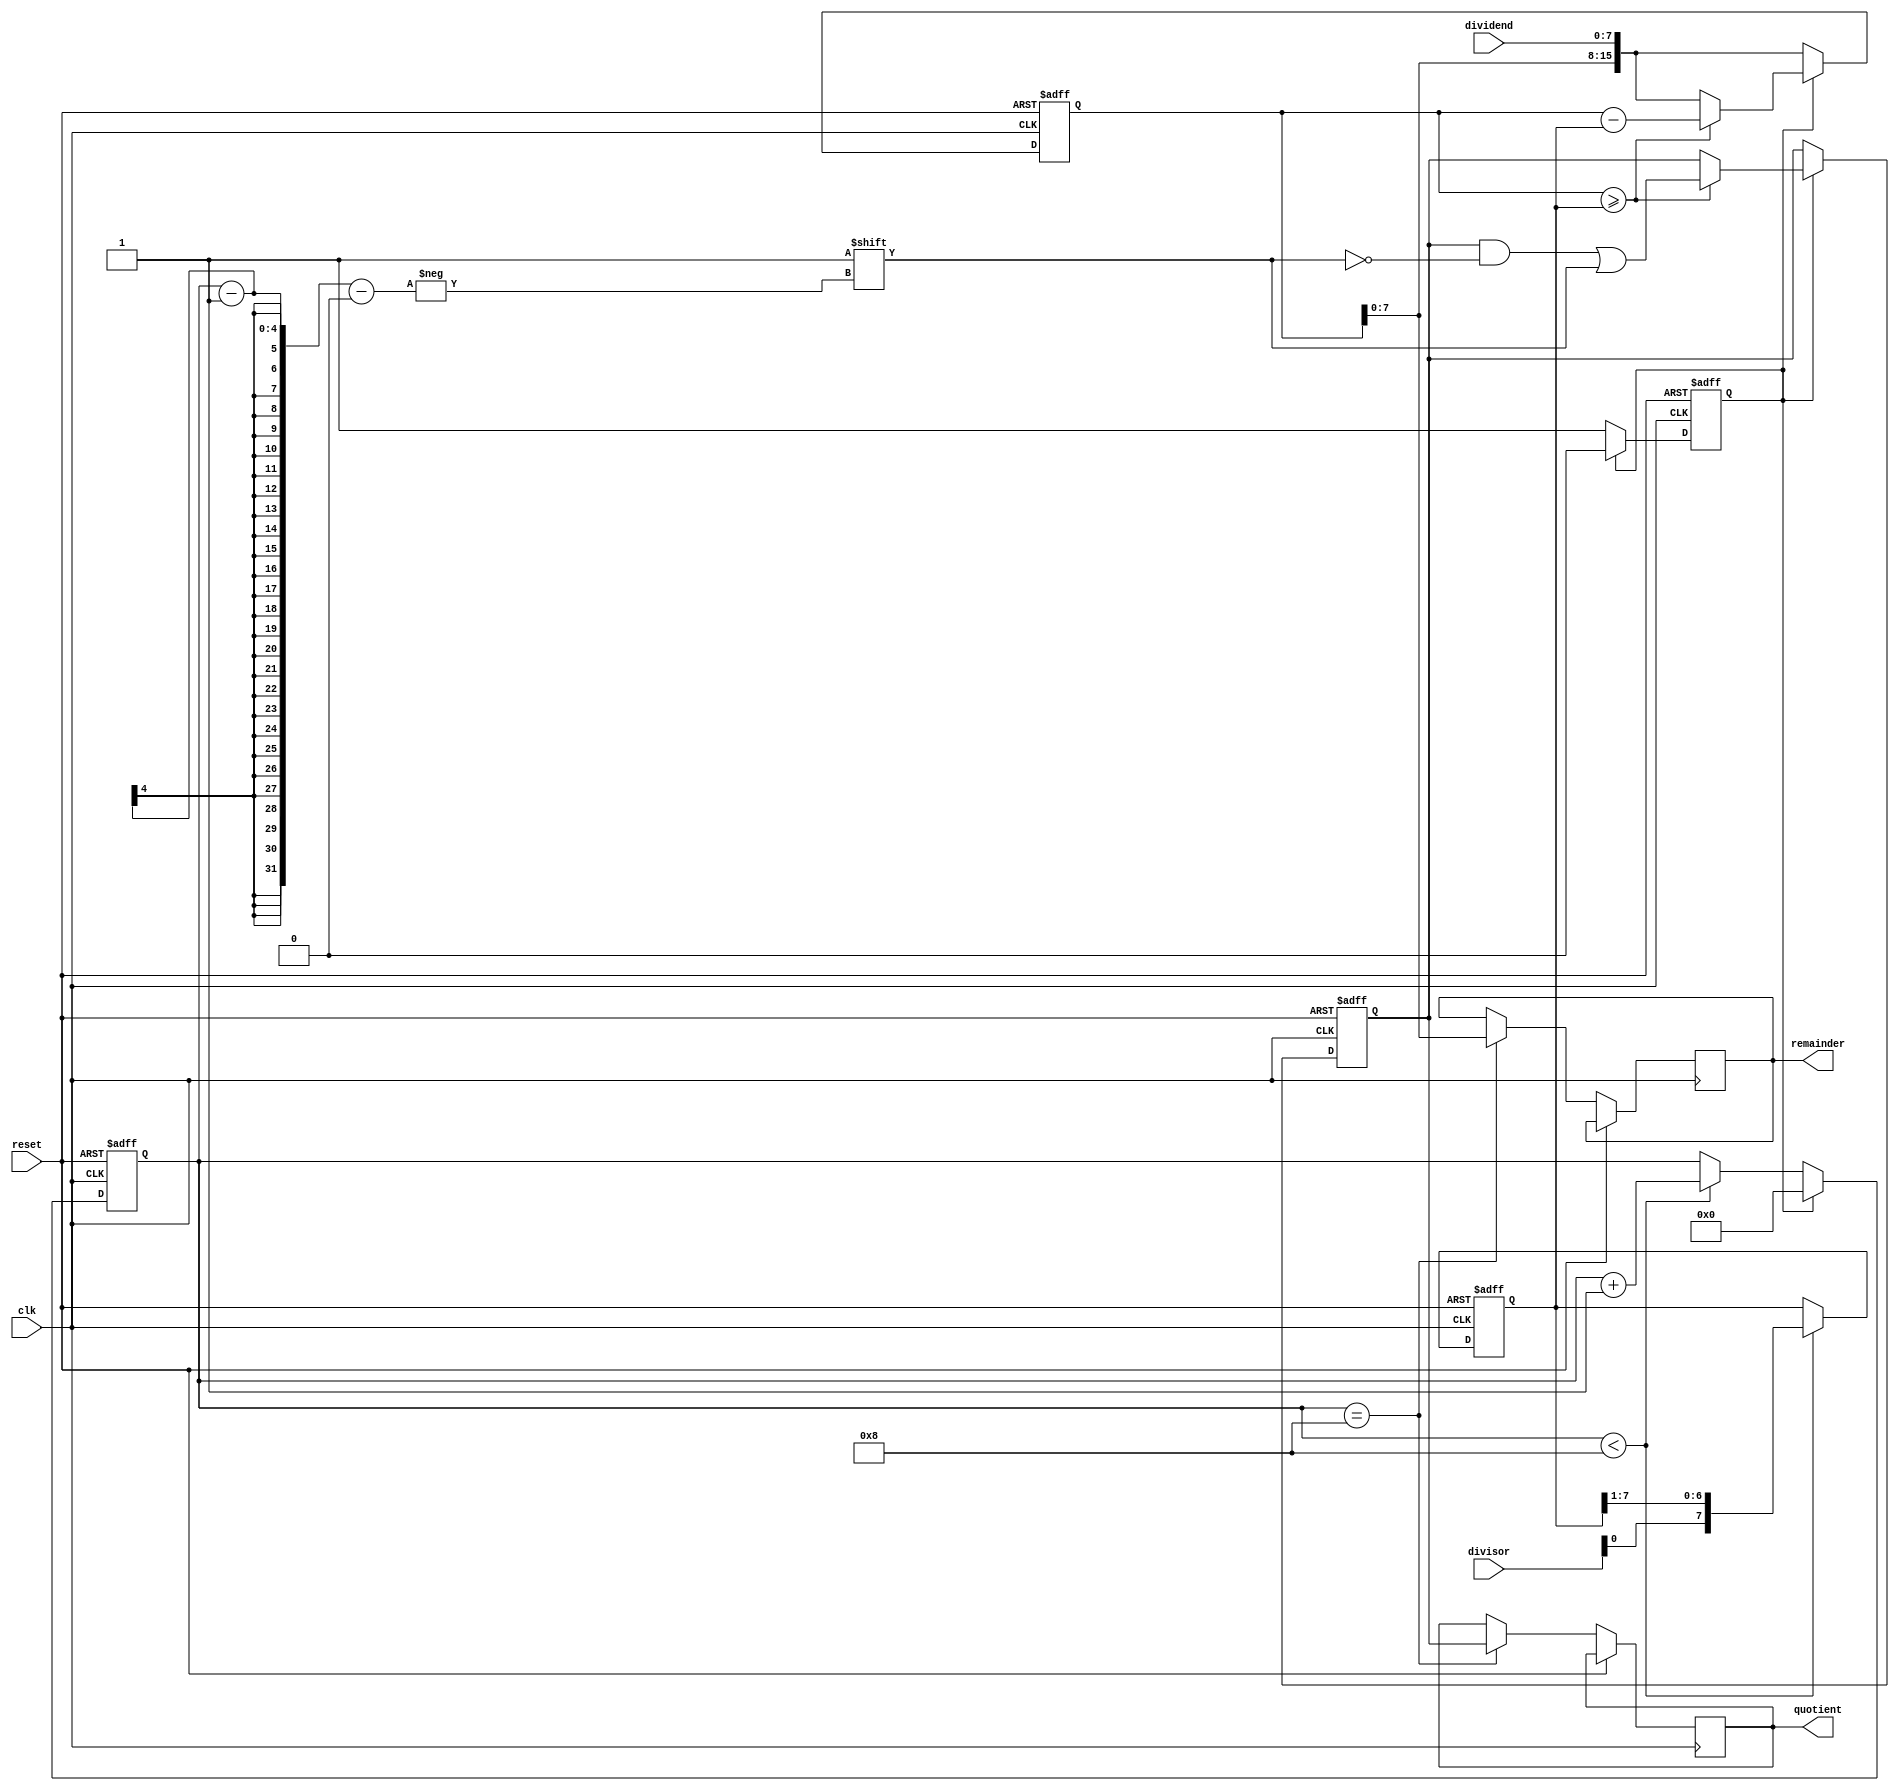
module binary_divider (
    input wire clk,
    input wire reset,
    input wire [7:0] dividend,
    input wire [7:0] divisor,
    output reg [7:0] quotient,
    output reg [7:0] remainder
);

reg [15:0] dividend_reg;
reg [7:0] divisor_reg;
reg [7:0] quotient_reg;
reg [7:0] remainder_reg;
reg [3:0] shift_count;
reg subtract_en;

always @(posedge clk or posedge reset) begin
    if (reset) begin
        dividend_reg <= 0;
        divisor_reg <= 0;
        quotient_reg <= 0;
        remainder_reg <= 0;
        shift_count <= 0;
        subtract_en <= 0;
    end else begin
        dividend_reg <= {dividend_reg[7:0], dividend};
        if (shift_count < 8) begin
            divisor_reg <= {divisor, divisor_reg[7:1]};
            shift_count <= shift_count + 1;
        end
        
        if (subtract_en) begin
            if (dividend_reg >= divisor_reg) begin
                dividend_reg <= dividend_reg - divisor_reg;
                quotient_reg[shift_count-1] <= 1;
            end
            subtract_en <= 0;
            shift_count <= 0;
        end else begin
            subtract_en <= 1;
        end
        
        if (shift_count == 8) begin
            quotient <= quotient_reg;
            remainder <= dividend_reg;
        end
    end
end

endmodule